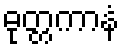
ဓုတ္တကာနံ